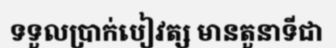
ទទួលប្រាក់បៀវត្ស មានតួនាទីជា